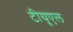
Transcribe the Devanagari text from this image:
टीयूएल